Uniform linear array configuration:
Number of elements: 48
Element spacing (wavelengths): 0.5
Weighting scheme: kaiser
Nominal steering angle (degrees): -15
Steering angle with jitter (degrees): -13.409
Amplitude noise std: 0.05
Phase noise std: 0.05

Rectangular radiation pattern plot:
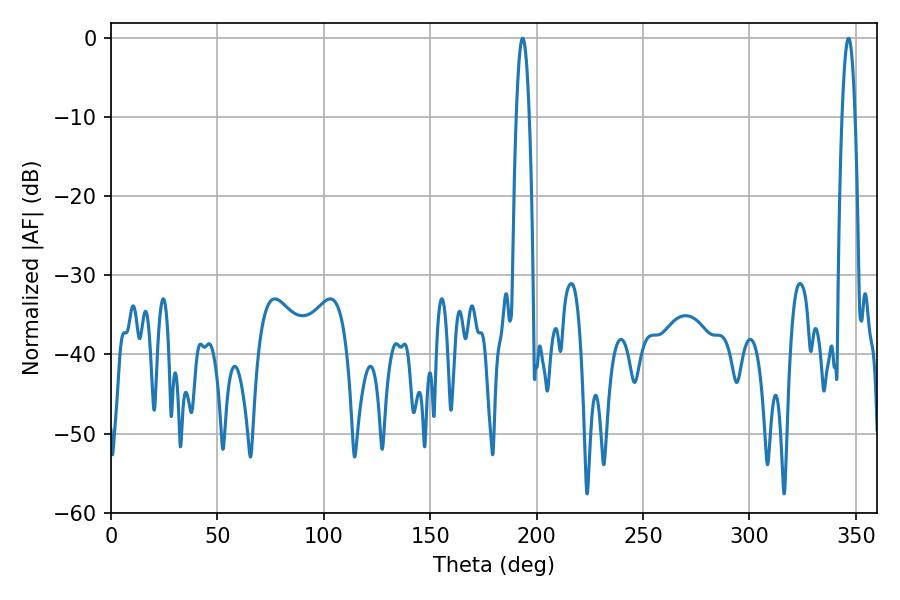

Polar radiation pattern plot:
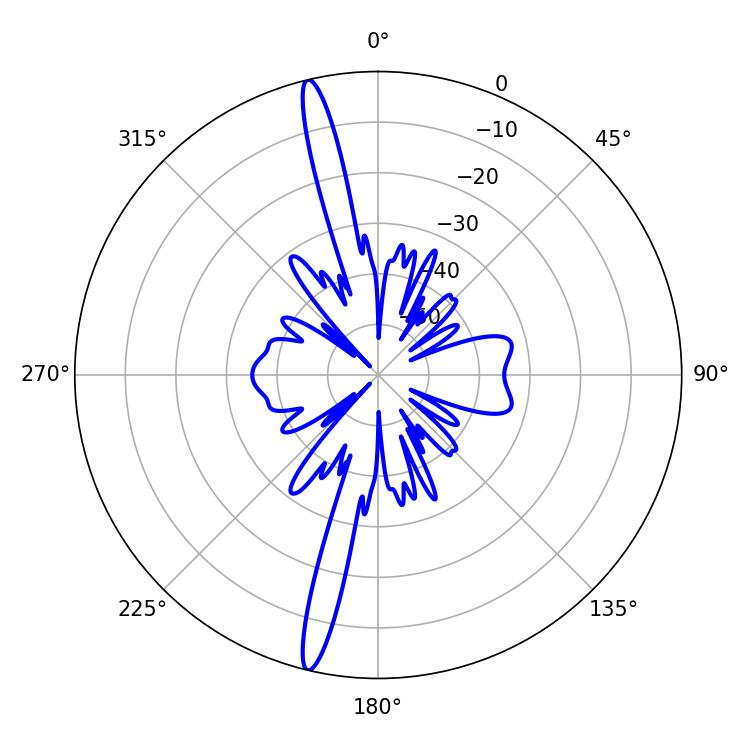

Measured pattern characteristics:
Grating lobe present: FALSE
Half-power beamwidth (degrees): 3.42
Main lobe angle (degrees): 346.5